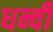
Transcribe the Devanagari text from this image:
धन्वी